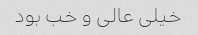
خیلی عالی و خب بود